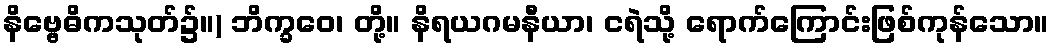
နိဗ္ဗေဓိကသုတ်၌။) ဘိက္ခဝေ၊ တို့။ နိရယဂမနီယာ၊ ငရဲသို့ ရောက်ကြောင်းဖြစ်ကုန်သော။